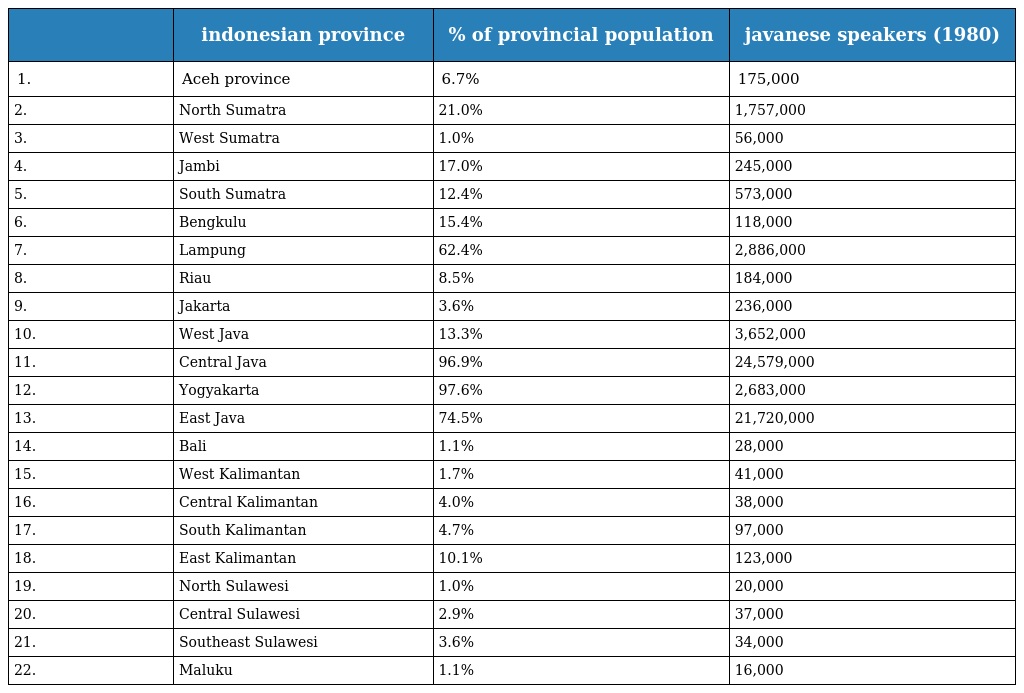
|  | indonesian province | % of provincial population | javanese speakers (1980) |
 | --- | --- | --- | --- |
 | 1. | Aceh province | 6.7% | 175,000 |
 | 2. | North Sumatra | 21.0% | 1,757,000 |
 | 3. | West Sumatra | 1.0% | 56,000 |
 | 4. | Jambi | 17.0% | 245,000 |
 | 5. | South Sumatra | 12.4% | 573,000 |
 | 6. | Bengkulu | 15.4% | 118,000 |
 | 7. | Lampung | 62.4% | 2,886,000 |
 | 8. | Riau | 8.5% | 184,000 |
 | 9. | Jakarta | 3.6% | 236,000 |
 | 10. | West Java | 13.3% | 3,652,000 |
 | 11. | Central Java | 96.9% | 24,579,000 |
 | 12. | Yogyakarta | 97.6% | 2,683,000 |
 | 13. | East Java | 74.5% | 21,720,000 |
 | 14. | Bali | 1.1% | 28,000 |
 | 15. | West Kalimantan | 1.7% | 41,000 |
 | 16. | Central Kalimantan | 4.0% | 38,000 |
 | 17. | South Kalimantan | 4.7% | 97,000 |
 | 18. | East Kalimantan | 10.1% | 123,000 |
 | 19. | North Sulawesi | 1.0% | 20,000 |
 | 20. | Central Sulawesi | 2.9% | 37,000 |
 | 21. | Southeast Sulawesi | 3.6% | 34,000 |
 | 22. | Maluku | 1.1% | 16,000 |